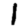
Digit: 1